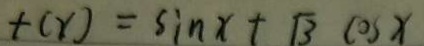
t ( x ) = \sin x + \sqrt { 3 } \cos x